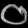
Digit: ၀